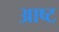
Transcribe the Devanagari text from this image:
आष्ट